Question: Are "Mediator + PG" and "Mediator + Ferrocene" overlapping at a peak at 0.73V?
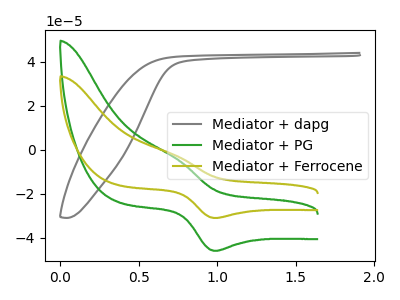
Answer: <think>The gray curve "Mediator + dapg" has no peaks. The green curve "Mediator + PG" has an anodic peak at (0.75V, -3.50uA) and a cathodic peak at (1.00V, -45.85uA). The olive curve "Mediator + Ferrocene" has an anodic peak at (0.75V, -2.35uA) and a cathodic peak at (1.00V, -30.95uA).</think>
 <answer>Yes, "Mediator + PG" and "Mediator + Ferrocene" share a peak at 0.73V.</answer>
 <eval>match</eval>